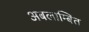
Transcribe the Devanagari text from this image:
अबलाम्बित